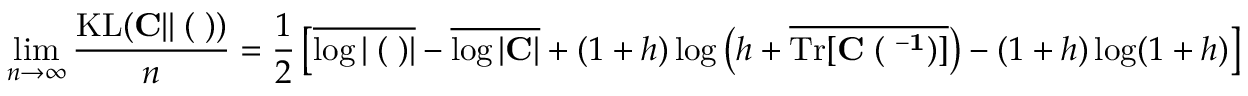
\operatorname* { l i m } _ { n \to \infty } \frac { \mathrm { K L } ( { \bf C } | | { \bf \Xi } ( { \bf \Lambda } ) ) } { n } = \frac { 1 } { 2 } \left[ \overline { { \log | { \bf \Xi } ( { \bf \Lambda } ) | } } - \overline { { \log | { \bf C } | } } + ( 1 + h ) \log \left( h + \overline { { \mathrm { T r } [ \bf { C \Xi } ( { \bf \Lambda } ^ { - 1 } ) ] } } \right) - ( 1 + h ) \log ( 1 + h ) \right]